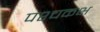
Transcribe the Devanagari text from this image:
पश्चकक्ष